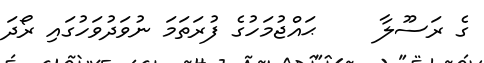
ގެ ރަސޫލާ     ޙައްޖުމަހުގެ ފުރަތަމަ ނުވަދުވަހުގައި ރޯދަ